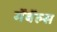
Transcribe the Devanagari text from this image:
गॅबॅल्स